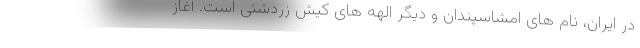
در ایران، نام های امشاسپندان و دیگر الهه های کیش زردشتی است. آغاز